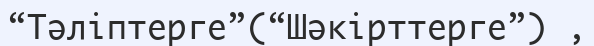
“Тәліптерге”(“Шәкірттерге”) ,